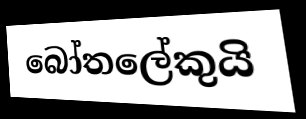
බෝතලේකුයි